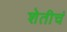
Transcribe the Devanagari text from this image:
शेतीचं